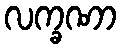
လက္ခဏာ